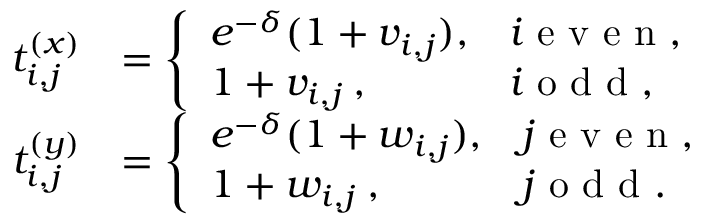
\begin{array} { r l } { t _ { i , j } ^ { ( x ) } } & { = \left\{ \begin{array} { l l } { e ^ { - \delta } ( 1 + v _ { i , j } ) , } & { i \textrm { e v e n } , } \\ { 1 + v _ { i , j } \: , } & { i \textrm { o d d } , } \end{array} \right. } \\ { t _ { i , j } ^ { ( y ) } } & { = \left\{ \begin{array} { l l } { e ^ { - \delta } ( 1 + w _ { i , j } ) , } & { j \textrm { e v e n } , } \\ { 1 + w _ { i , j } \: , } & { j \textrm { o d d } . } \end{array} \right. } \end{array}